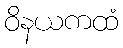
ဝိနယကထံ